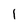
Character: l